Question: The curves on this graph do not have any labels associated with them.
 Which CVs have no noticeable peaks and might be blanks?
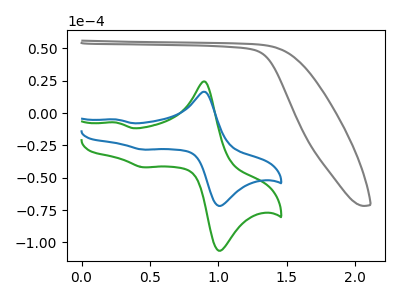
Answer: <think>The gray curve "gray" has no peaks. The green curve "green" has anodic peaks at (0.90V, 24.20uA) (0.25V, -7.35uA) and cathodic peaks at (1.05V, -105.60uA) (0.45V, -41.95uA). The blue curve "blue" has anodic peaks at (0.90V, 16.35uA) (0.25V, -4.95uA) and cathodic peaks at (1.05V, -71.25uA) (0.45V, -28.30uA).</think>
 <answer>"gray" is likely to be a blank.</answer>
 <eval>gray</eval>